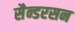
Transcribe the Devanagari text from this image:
सैन्डरसन